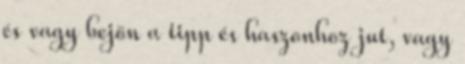
és vagy bejön a tipp és haszonhoz jut, vagy